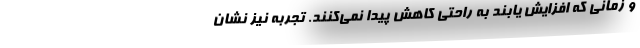
و زمانی که افزایش یابند به راحتی کاهش پیدا نمی‌کنند. تجربه نیز نشان